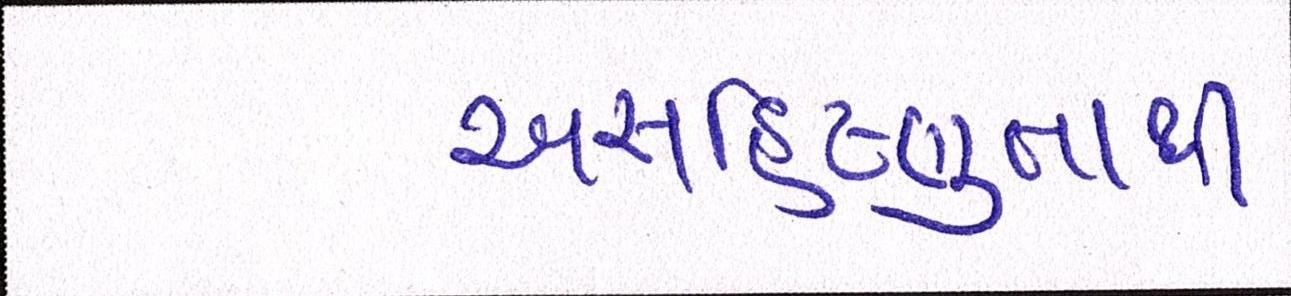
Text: અસહિષ્ણુતાથી